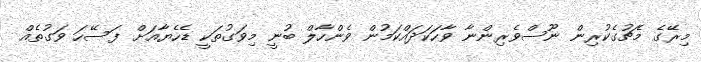
މިރޭގެ މެޗުގެކުރިން ނޫސްވެރިންނާ ވާހަކަދައްކަމުން ވެންހާލް ބުނީ މިވަގުތަކީ ޑެހެޔާއަށް ފަސޭހަ ވަގުތެއް